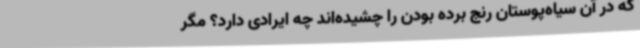
که در آن سیاه‌پوستان رنج برده بودن را چشیده‌اند چه ایرادی دارد؟ مگر